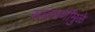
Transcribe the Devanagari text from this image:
साठवणीमुळे